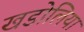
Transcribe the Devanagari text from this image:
खडोलिया